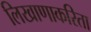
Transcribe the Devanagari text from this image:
लिखाणाकरिता